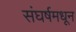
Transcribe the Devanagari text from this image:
संघर्षमधून